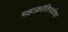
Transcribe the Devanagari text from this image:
महाक्रांतिपर्वाचा